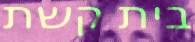
בית קשת